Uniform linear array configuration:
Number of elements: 48
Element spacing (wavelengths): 1
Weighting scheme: binomial
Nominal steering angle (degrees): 30
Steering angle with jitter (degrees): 29.724
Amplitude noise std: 0.05
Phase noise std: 0.05

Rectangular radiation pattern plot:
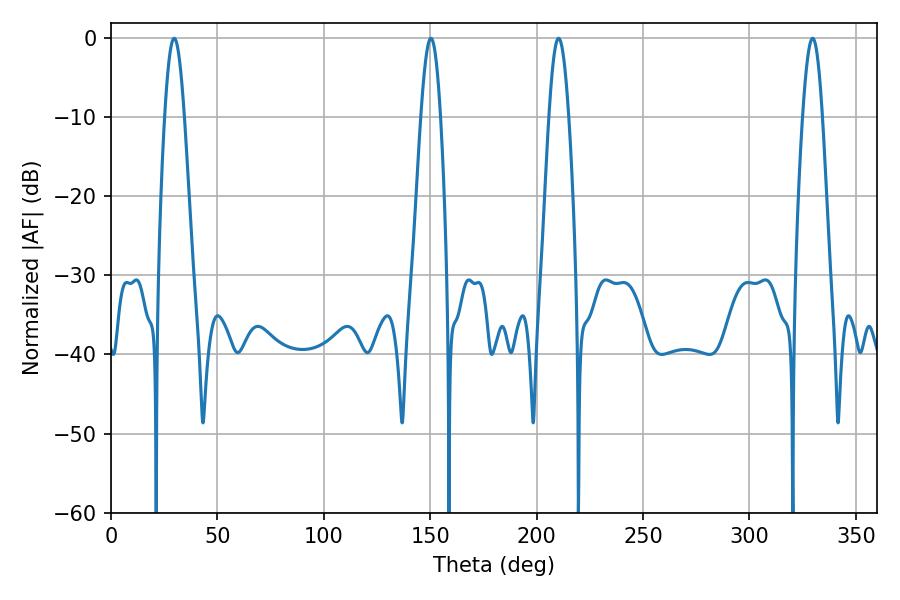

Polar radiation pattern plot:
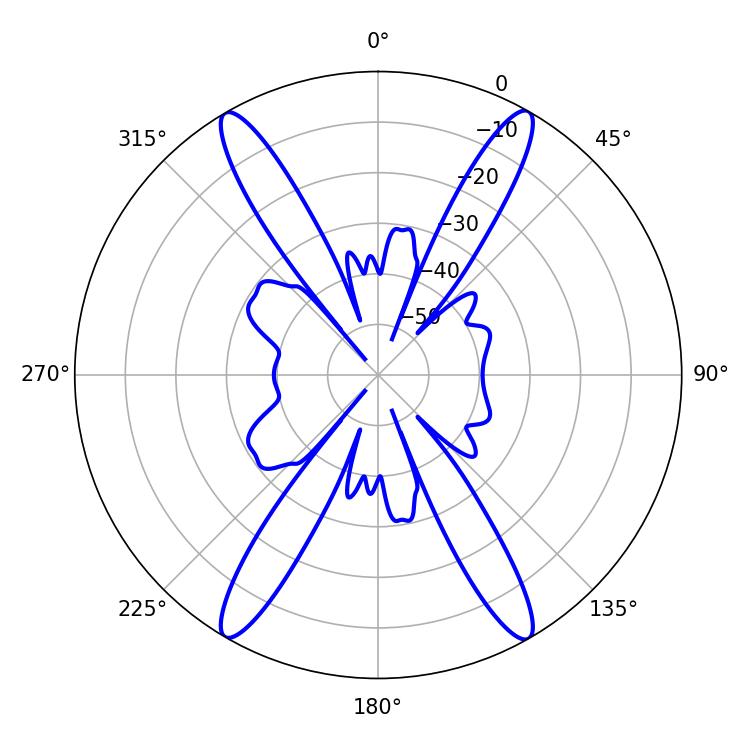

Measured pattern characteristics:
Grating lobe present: TRUE
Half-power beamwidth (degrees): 5.04
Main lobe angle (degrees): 150.3